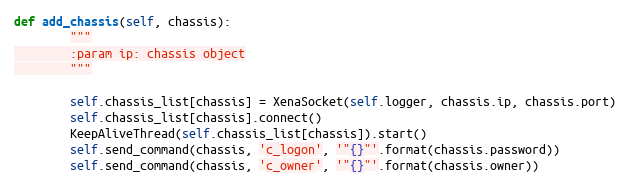
Language: Python
def add_chassis(self, chassis):
        """
        :param ip: chassis object
        """

        self.chassis_list[chassis] = XenaSocket(self.logger, chassis.ip, chassis.port)
        self.chassis_list[chassis].connect()
        KeepAliveThread(self.chassis_list[chassis]).start()
        self.send_command(chassis, 'c_logon', '"{}"'.format(chassis.password))
        self.send_command(chassis, 'c_owner', '"{}"'.format(chassis.owner))